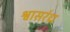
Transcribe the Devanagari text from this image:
श्वासरंध्र